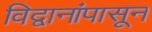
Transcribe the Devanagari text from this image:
विद्वानांपासून